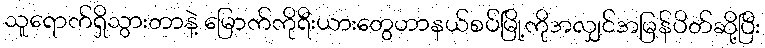
သူရောက်ရှိသွားတာနဲ့ မြောက်ကိုရီးယားတွေဟာနယ်စပ်မြို့ကိုအလျှင်အမြန်ပိတ်ဆို့ပြီး